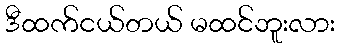
ဒီထက်ငယ်တယ် မထင်ဘူးလား